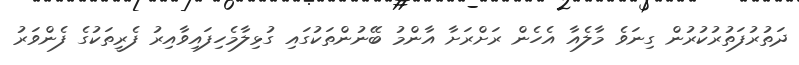
ދަތުރުފަތުރުކުރުން ގިނަވެ މާލެއާ އެހެން ރަށްރަށާ އާންމު ބޭނުންތަކުގައި ގުޅިލާމެހިފައިވާއިރު ފެރީތަކުގެ ފެންވަރު